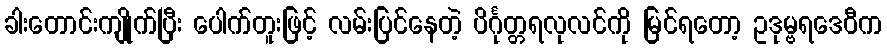
ခါးတောင်းကျိုက်ပြီး ပေါက်တူးဖြင့် လမ်းပြင်နေတဲ့ ပိင်္ဂုတ္တရလုလင်ကို မြင်ရတော့ ဥဒုမ္ဗရဒေဝီက